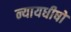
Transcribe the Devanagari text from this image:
न्यायधीषों